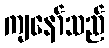
ကျနော်သည်